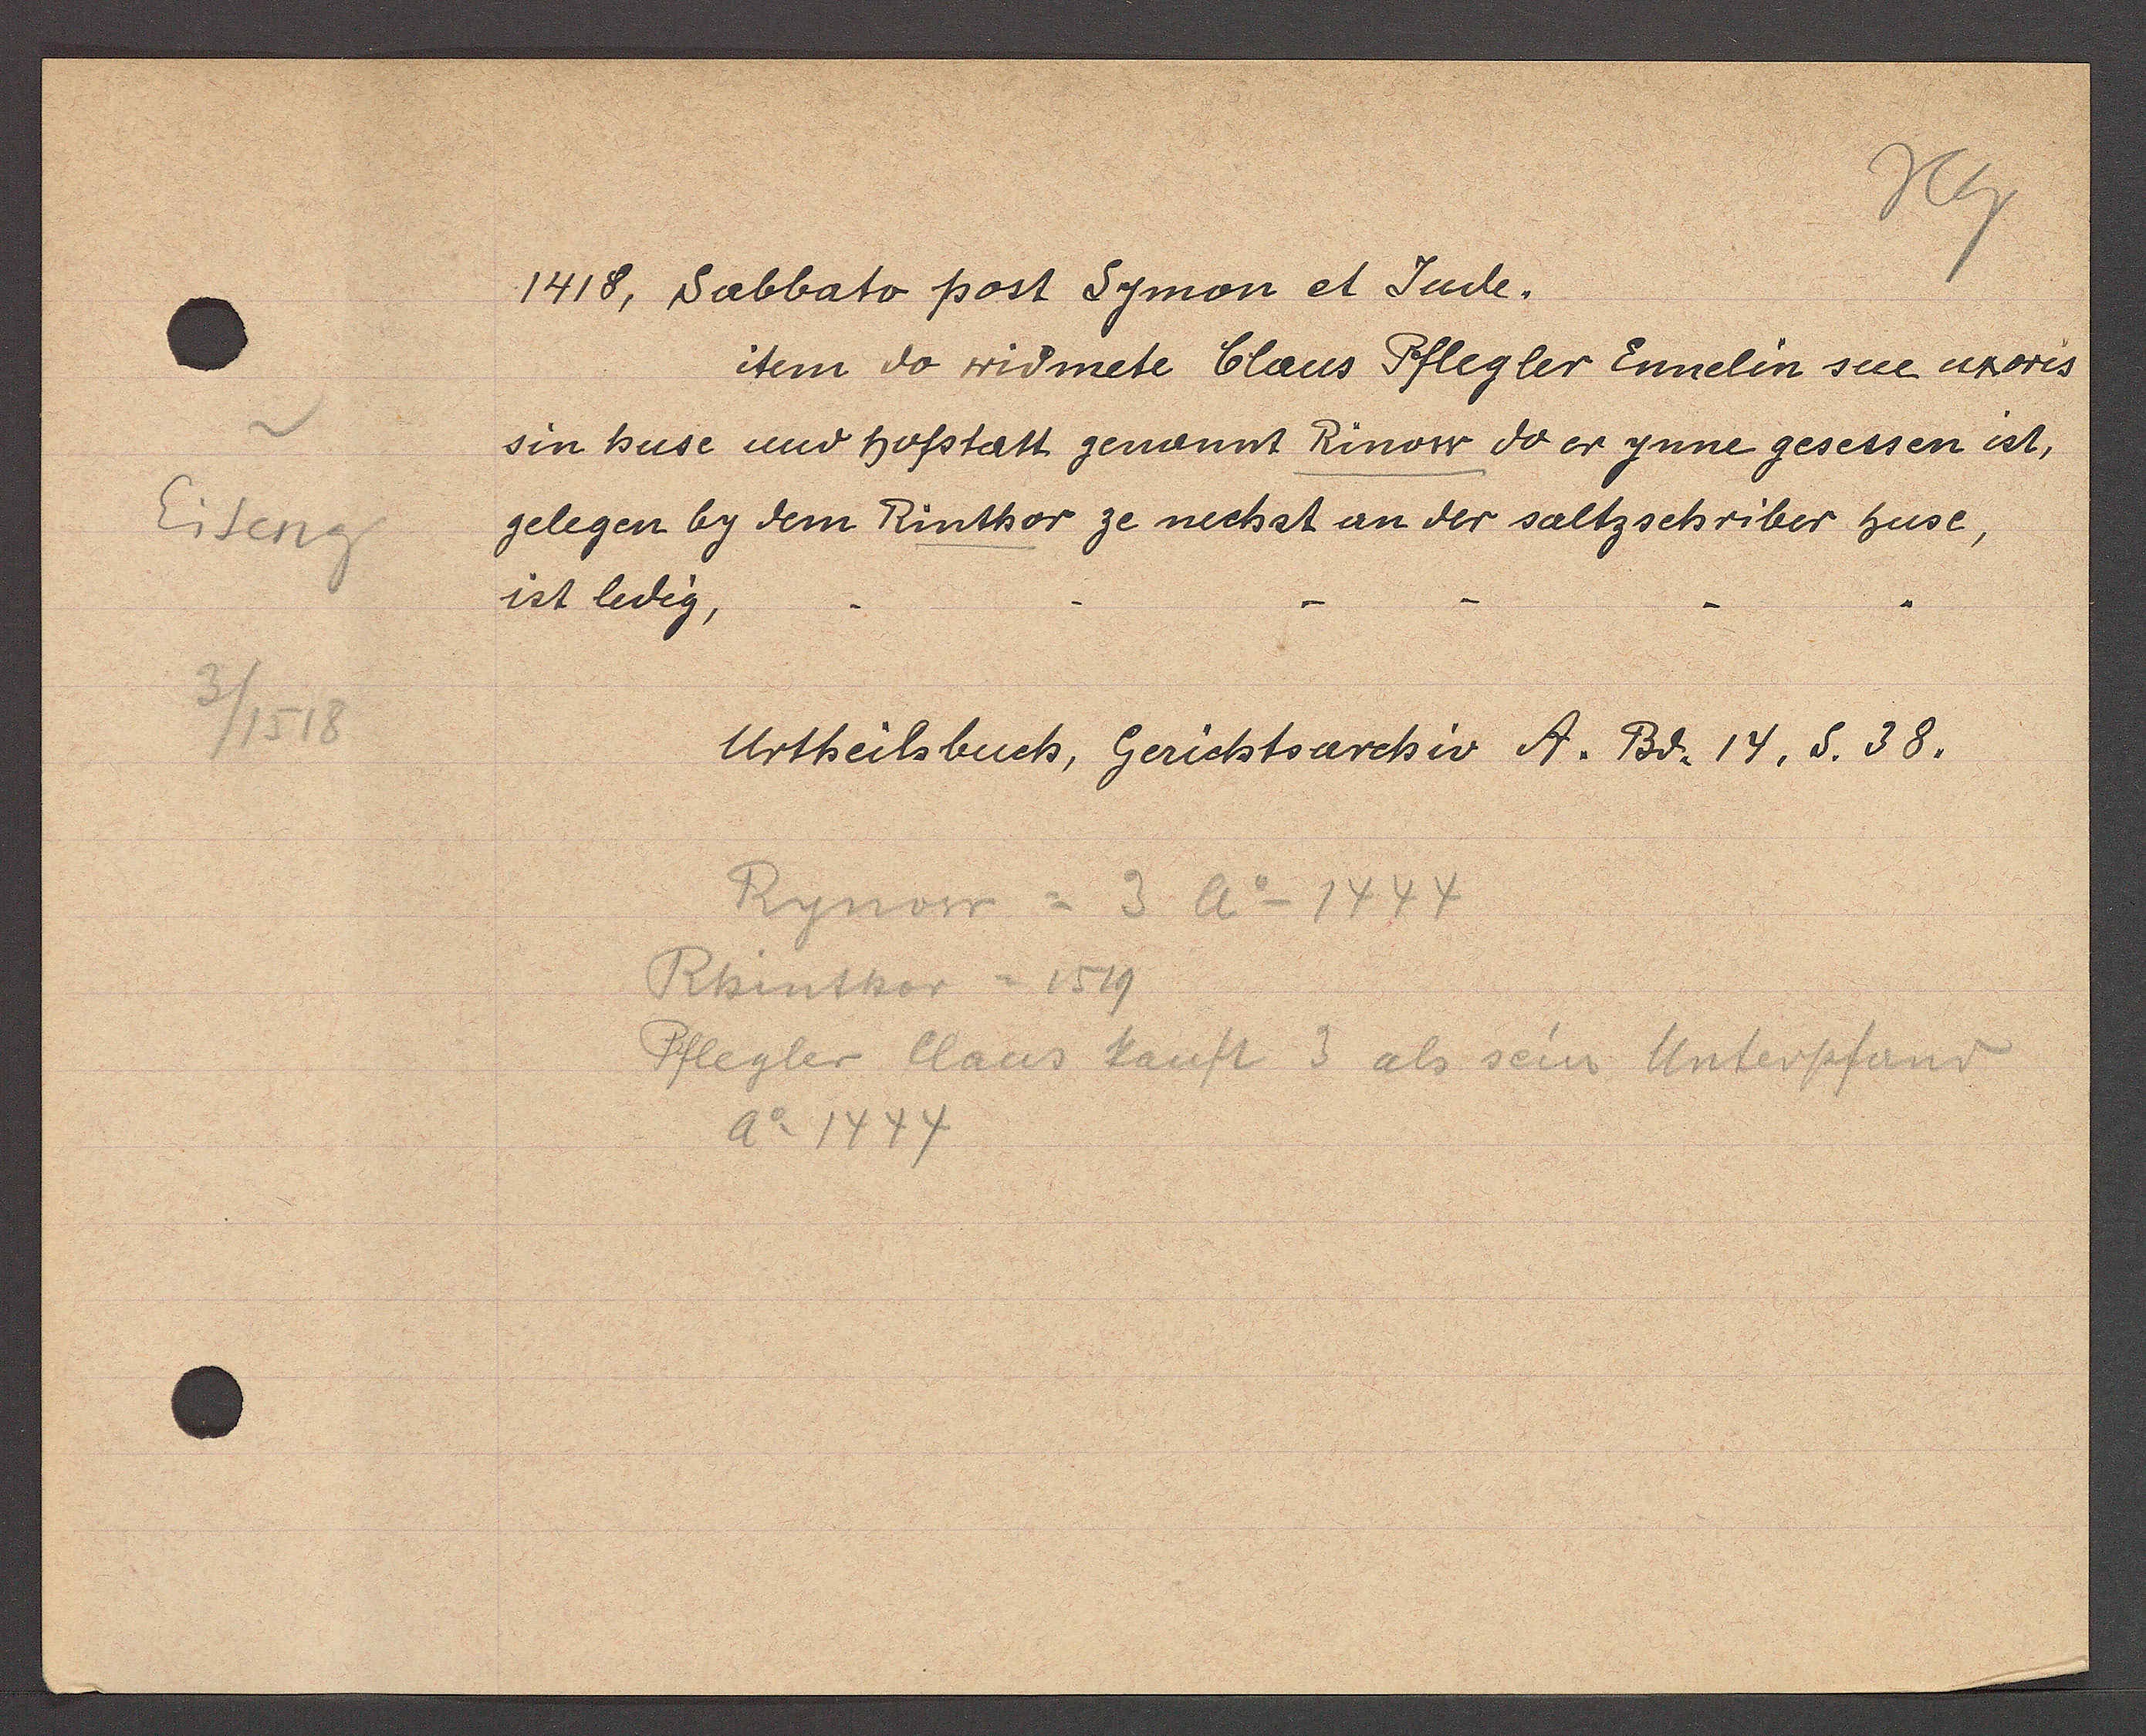
Transcript:
Eiseng
3/1518

1418, Sabbato post Symon et Jude.
item do widmete Claus Pflegler Ennelin sue uxoris
sin huse und hofstatt genannt Rinow do er ynne gesessen ist,
gelegen by dem Rinthor ze nechst an der saltzschriber huse,
ist ledig,
Urtheilsbuch, Gerichtsarchiv A. Bd. 14, S. 38.
Rynow= 3 Ao 1444
Rhinthor = 1519
Pflegler Claus kauft 3 als sein Unterpfand
Ao 1444